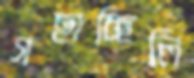
গছাচ্ছিলি